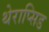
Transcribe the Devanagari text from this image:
थेराप्सिड